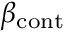
\beta _ { \mathrm { c o n t } }